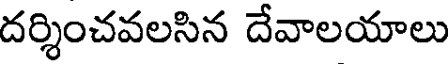
దర్శించవలసిన దేవాలయాలు